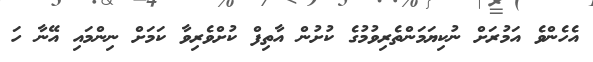
އެހެންވެ އަމުރަށް ނުކިޔަމަންތެރިވުމުގެ ކުށުން އާތިފް ކުށްވެރިވާ ކަމަށް ނިންމައި އޭނާ ހަ